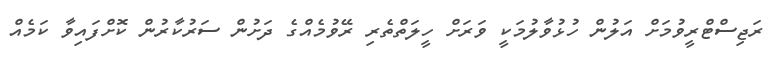
ރަޖިސްޓްރީވުމަށް އަލުން ހުޅުވާލުމަކީ ވަރަށް ހީލަތްތެރި ރޭވުމެއްގެ ދަށުން ސަރުކާރުން ކޮށްފައިވާ ކަމެއް